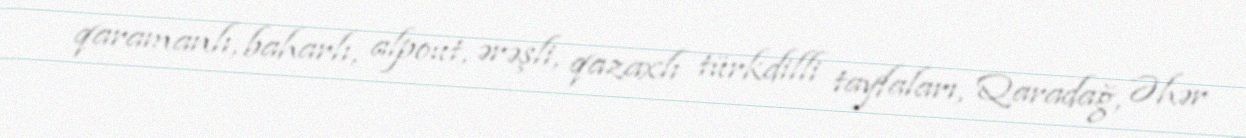
qaramanlı, baharlı, alpout, ərəşli, qazaxlı türkdilli tayfaları, Qaradağ, Əhər